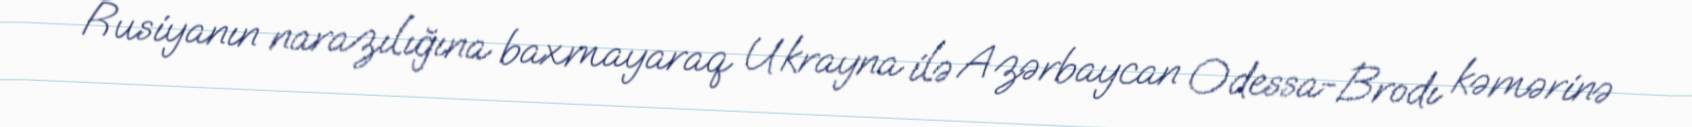
Rusiyanın narazılığına baxmayaraq Ukrayna ilə Azərbaycan Odessa-Brodı kəmərinə